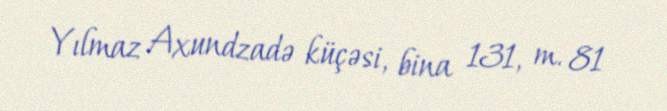
Yılmaz Axundzadə küçəsi, bina 131, m. 81